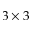
3 \times 3